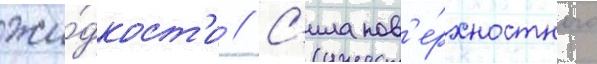
жи́дкост'и // С'ила пов'е́рхностного